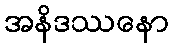
အနိဒဿနော